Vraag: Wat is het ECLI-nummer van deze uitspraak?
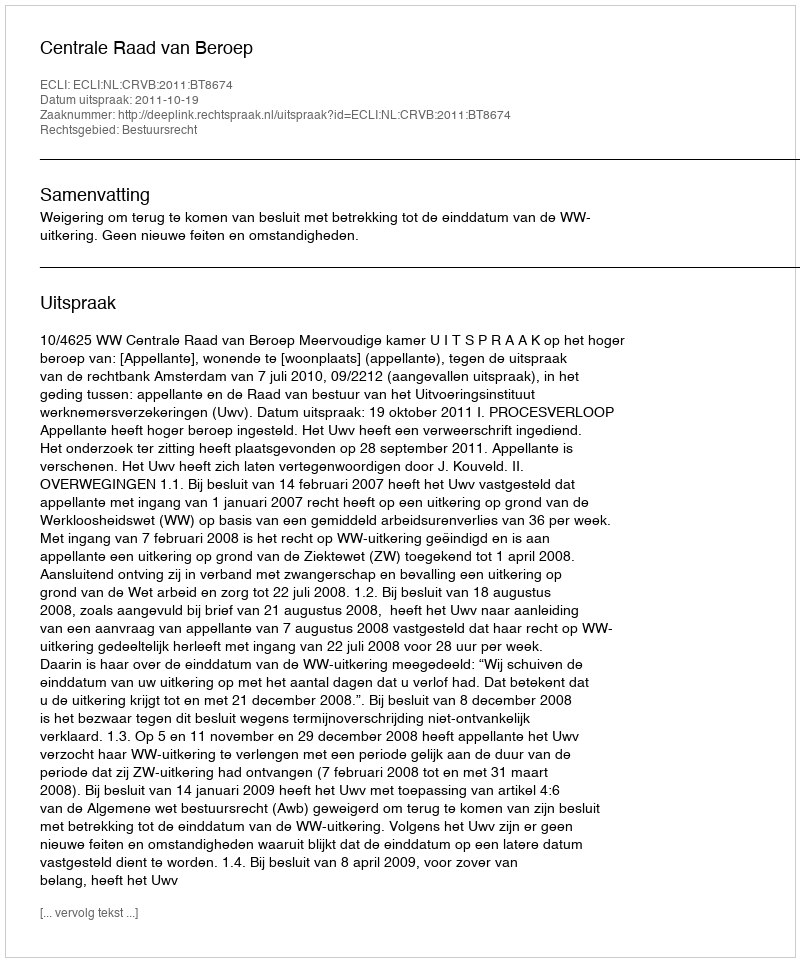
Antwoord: ECLI:NL:CRVB:2011:BT8674